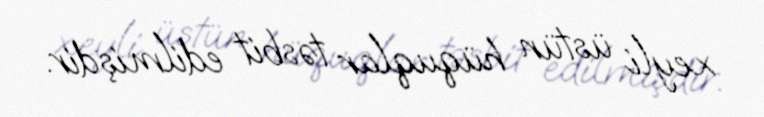
xeyli üstün hüquqlar təsbit edilmişdir.